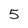
Character: 5